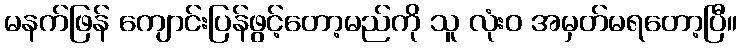
မနက်ဖြန် ကျောင်းပြန်ဖွင့်တော့မည်ကို သူ လုံးဝ အမှတ်မရတော့ပြီ။